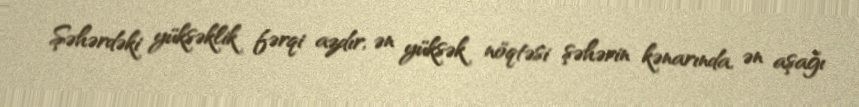
Şəhərdəki yüksəklik fərqi azdır, ən yüksək nöqtəsi şəhərin kənarında, ən aşağı